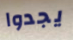
يجدوا